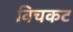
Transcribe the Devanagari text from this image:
विचकट